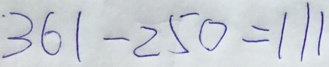
3 6 1 - 2 5 0 = 1 1 1